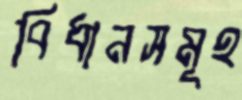
বিধানসমূহ